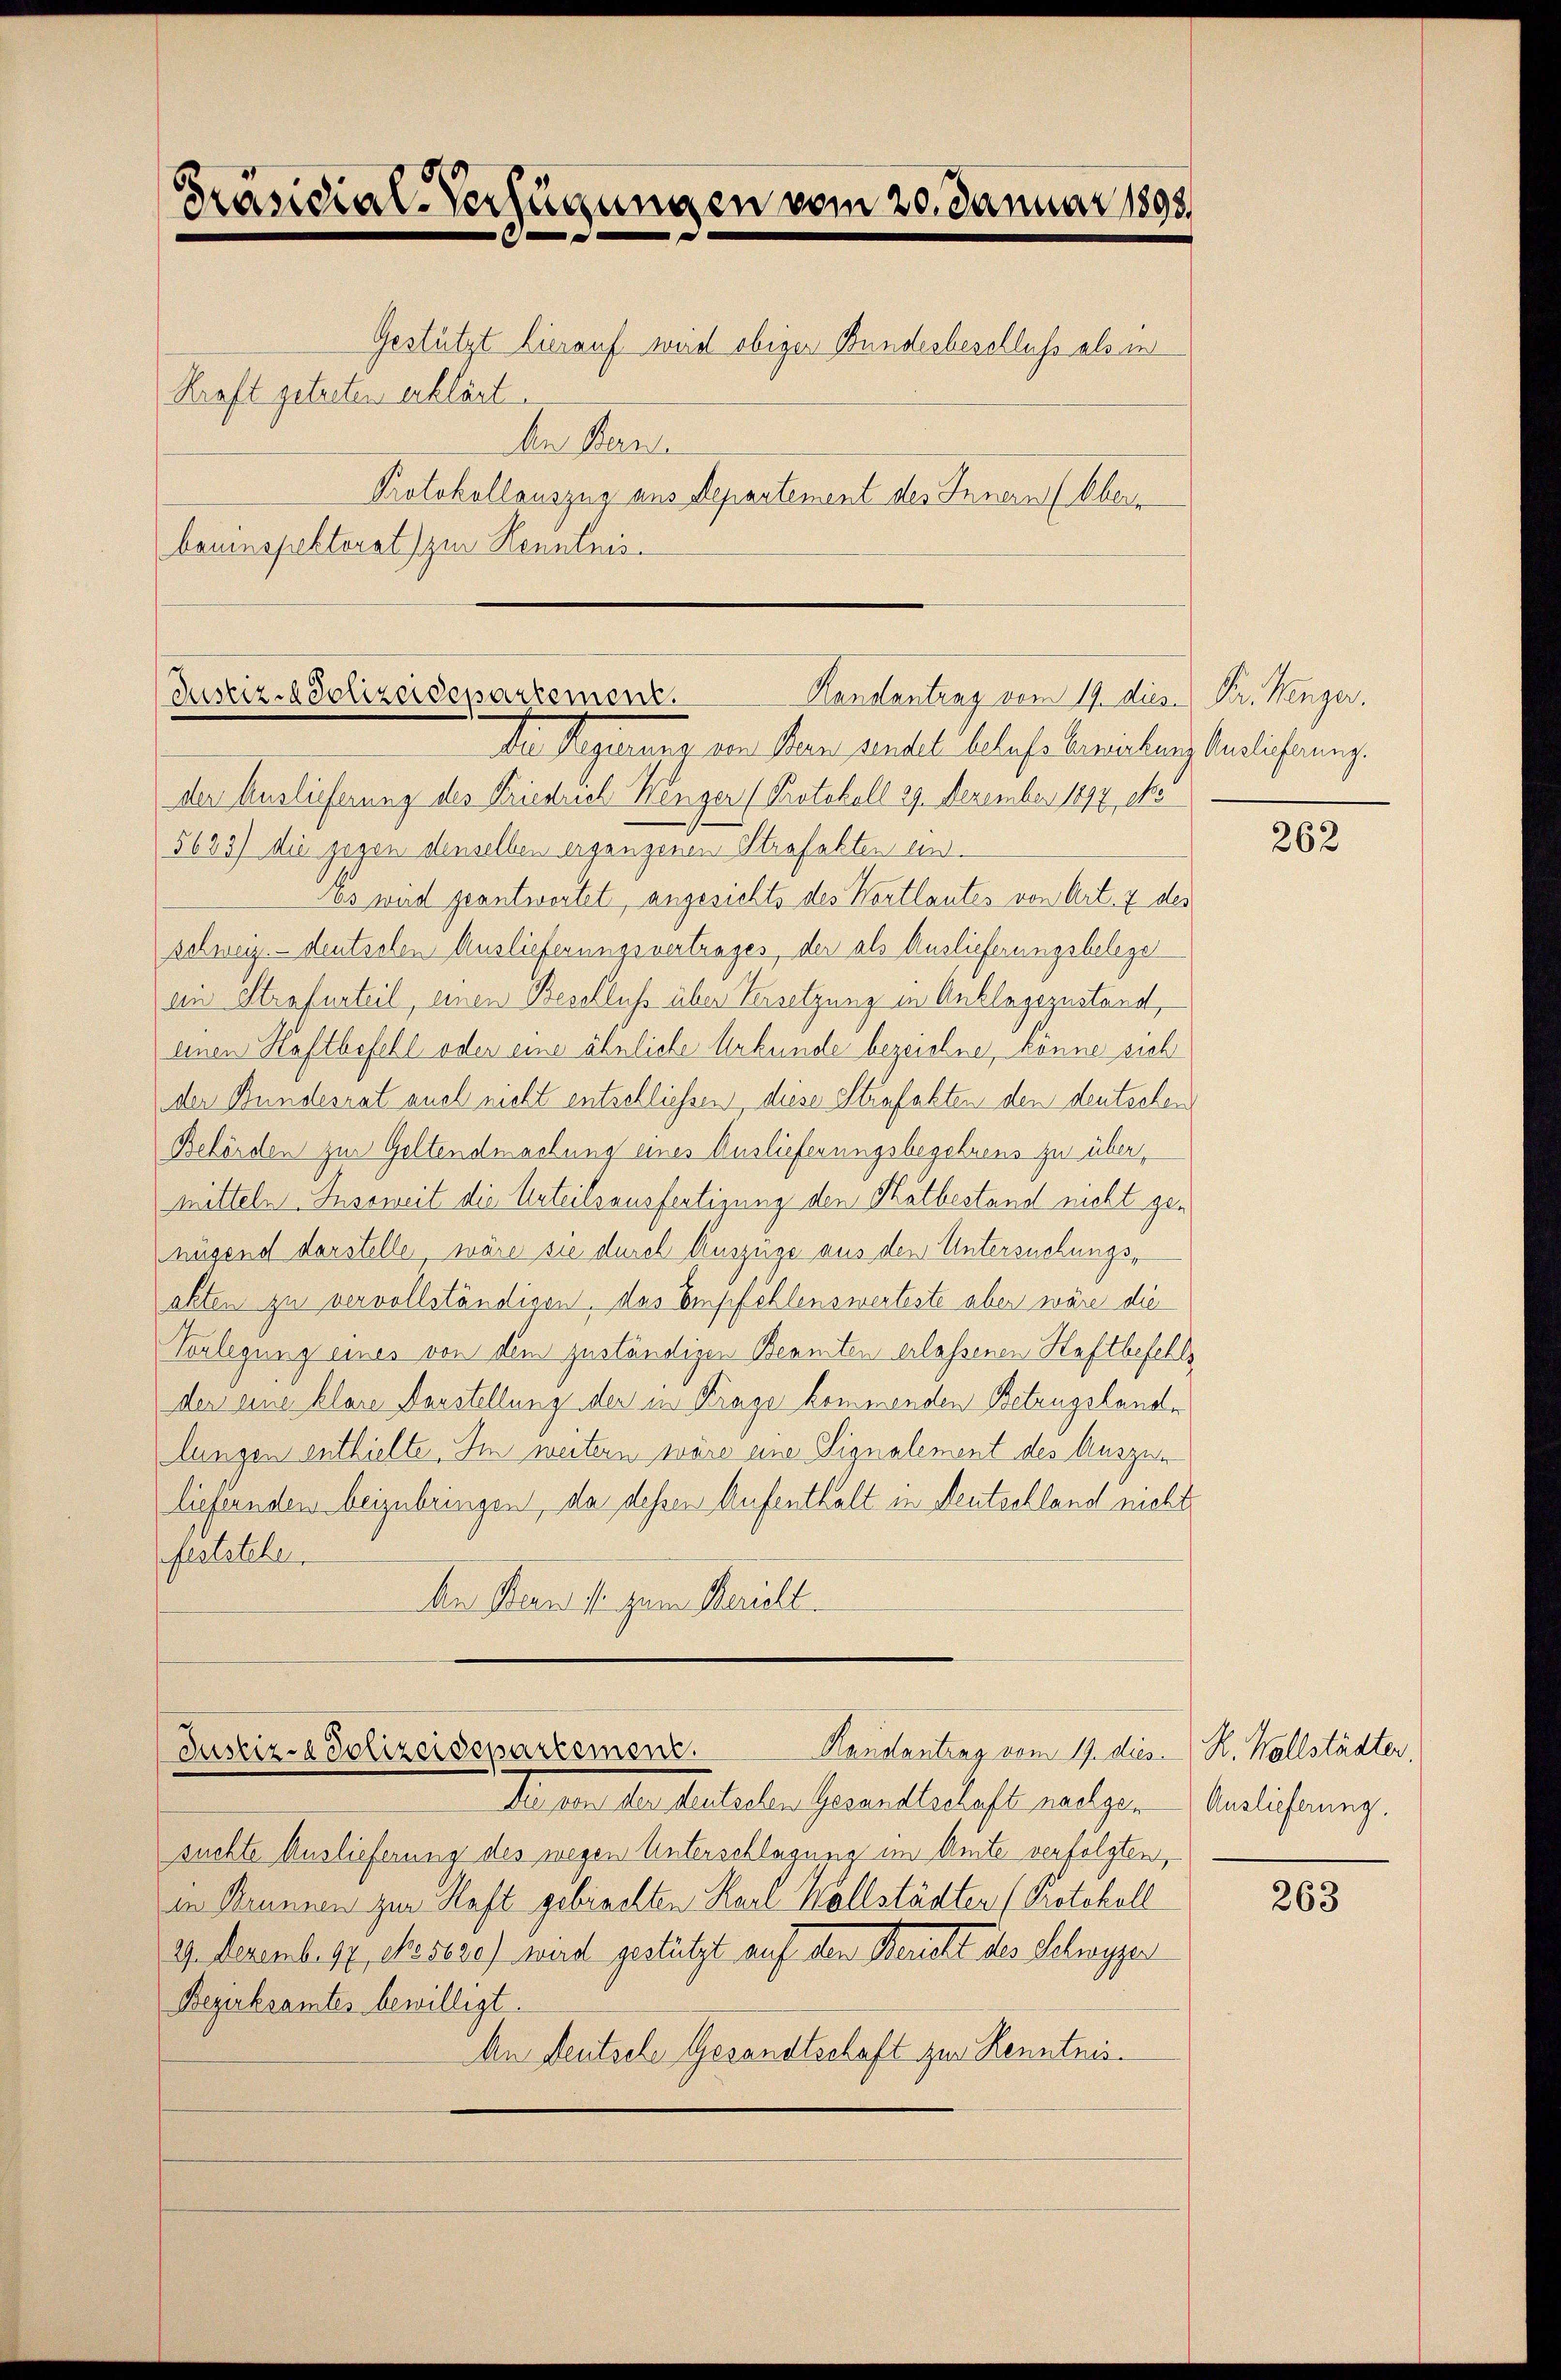
Präsidial-Verfügungen vom 20. Januar 1898.
Gestützt hierauf weid obiger Bundesbeschluss als in
Kraft getreten erklärt.
den Berne
Protokollauszug aus Repartement des Innern (Oberbauinspektorat zur Kenntnis

Handentrag vom 19. dies Fr. Wenger.
Justiz-Polizeidepartement.
Der Regiment von Man wertel belase bereichen Verlicherung

der Auslieferung des Friedrich Wönger (Protokoll 29. Dezember 1897 eko
5623) die gegen denselben erganzenen Strafakten ein¬
Es wird geantwortet, angesichts des Wortlautes von Art. 7 des
schweiz.- deutschen Auslieferungsvertrages, der als Auslieferungsbelege
ein Strafurteil, einen Beschluß über Versetzung in Anklagszustand,
einen Haftbefehl oder eine ähnliche Urkunde bezeichne, könne sich
der Bundesrat auch nicht entschliessen, diese Strafakten den deutschen
Behörden zur Geltendmachung eines Auslieferungsbegehrens zu über,
mitteln. Insoweit die Urteilsausfertigung den Tatbestand nicht genügend darstelle wäre sie durch Auszüge aus den Untersuchungsakten zu vervollständigen, das Empfehlenswerteste aber wäre die
Vorlegung eines von dem zuständigen Beamten erlassenen Haftbefehls
der eine klare Darstellung der in Krage kommenden Betrugshande
lungen enthielte. Im weitern wäre eine Signalement des Auszun
liefernden beizubringen, da dessen Aufenthalt in Deutschland nicht
feststehen
An Stand s. zum Mariell.

Randantrag vom 19. dies R. Wallstädter,
Justiz-Polizeidepartement.
Die von der deutschen Gesandtschaft nachgen

suchte Auslieferung des wegen Unterschlagung im Amte verfolgten,
in Brunnen zur Haft gebrachten Karl Wollstädten (Protokoll
I). Dezembert, Mosere wurd gestützt auf den Bericht des Schwyzer
Bezirksamtes bewilligt.
An Deutsche Gesandtschaft zur Kenntnis

262

Auslieferung.

263